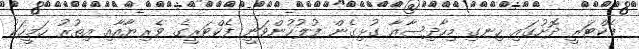
ފެކްޓަރީ ދޮށުގައި ހިނގި މިހާދިސާއާ ގުޅިގެން ފުލުހުންވަނީ ފެކްޓަރީގެ ވެރިޔާއާއި އިތުރު ހަމީހަކު